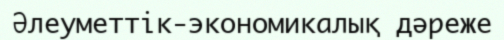
Әлеуметтік-экономикалық дәреже